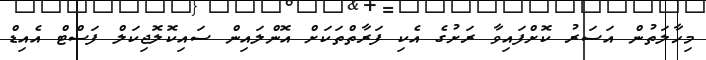
މިހާލަތުން އަސަރު ކޮށްފައިވާ ރަށުގެ އެކި ފަރާތްތަކަށް އޮންލައިން ސައިކޮލޮޖިކަލް ފަސްޓް އެއިޑް